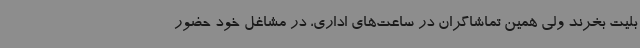
بلیت بخرند ولی همین تماشاگران در ساعت‌های اداری، در مشاغل خود حضور